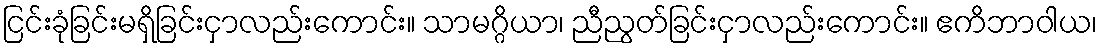
ငြင်းခုံခြင်းမရှိခြင်းငှာလည်းကောင်း။ သာမဂ္ဂိယာ၊ ညီညွတ်ခြင်းငှာလည်းကောင်း။ ဧကိဘာဝါယ၊